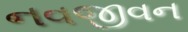
નવજીવન